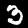
Label: 3